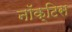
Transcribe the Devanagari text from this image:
नॉक्टिस